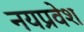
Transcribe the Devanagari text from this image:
नयप्रवेश